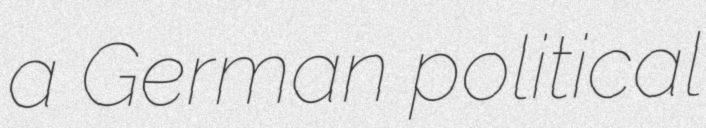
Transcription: a German political